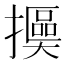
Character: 𢷯